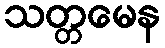
သတ္တမေန